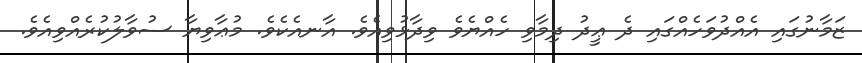
ޒަމާނުގައި އެއްދުވަހެއްގައި ދެ ޢީދު ދިމާވި ހެއްޔެވެ ވިދާޅުވިއެވެ. އާނއެކެވެ. މުޢާވިޔާ ސުވާލުކުރެއްވިއެވެ.